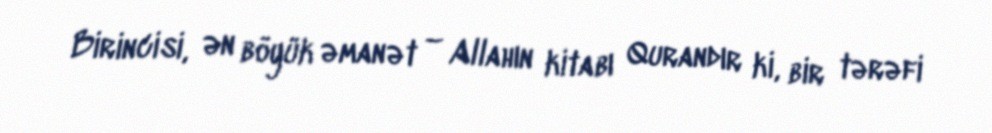
Birincisi, ən böyük əmanət – Allahın kitabı Qurandır ki, bir tərəfi